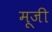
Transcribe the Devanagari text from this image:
मूजी